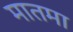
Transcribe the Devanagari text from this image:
मातमा